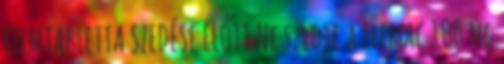
FILMTABLETTA SZEDÉSE ELŐTT Ne szedje a Flemac 100 mg